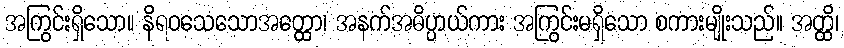
အကြွင်းရှိသော။ နိရဝသေသောအတ္ထော၊ အနက်အဓိပ္ပာယ်ကား အကြွင်းမရှိသော စကားမျိုးသည်။ အတ္ထိ၊